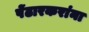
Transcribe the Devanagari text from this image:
पेंढारकरांना